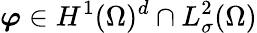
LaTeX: \boldsymbol{\varphi}\in H^{1}(\Omega)^{d}\cap L_{\sigma}^{2}(\Omega)